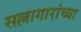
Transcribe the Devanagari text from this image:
सल्लागारांच्या